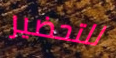
للتحضير